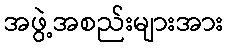
အဖွဲ့အစည်းများအား